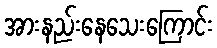
အားနည်းနေသေးကြောင်း